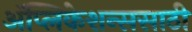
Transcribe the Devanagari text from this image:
अॅप्लिकेशन्ससाठी